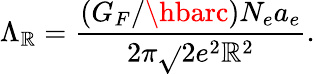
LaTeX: \Lambda_{\mathbb{R}}=\frac{{(G_{F}/\hbarc)N_{e}a_{e}}}{{2\pi\sqrt{}{{2}}e^{2}\mathbb{R}^{2}}}.